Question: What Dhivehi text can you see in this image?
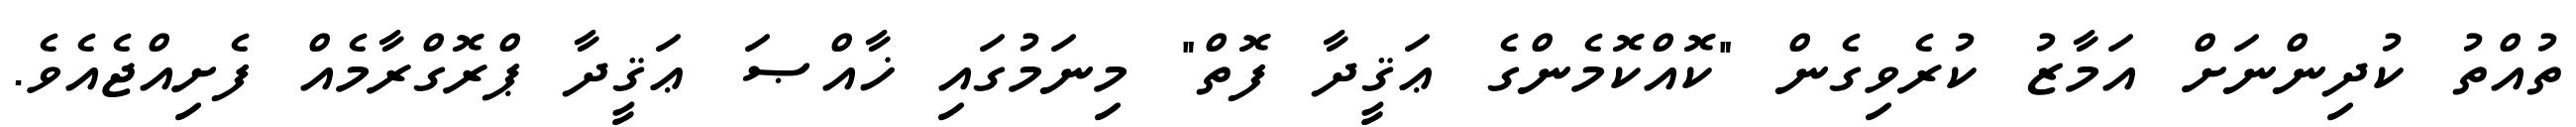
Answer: ތުއްތު ކުދިންނަށް އަމާޒު ކުރެވިގެން "ކޮއްކޮމެންގެ ޢަޤީދާ ފޮތް" މިނަމުގައި ޚާއްޞަ ޢަޤީދާ ޕްރޮގްރާމެއް ފެށިއްޖެއެވެ.